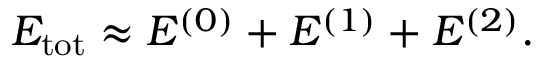
\begin{array} { r } { E _ { \mathrm { t o t } } \approx E ^ { ( 0 ) } + E ^ { ( 1 ) } + E ^ { ( 2 ) } . } \end{array}